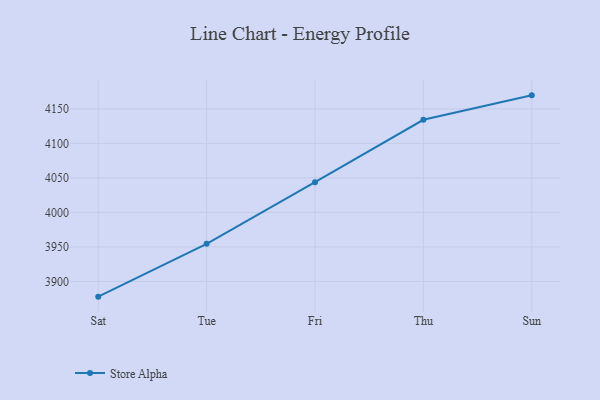
{"axis": {"x": "Day", "y": "Conversion Rate (%)"}, "legend": ["Store Alpha"], "data": [{"x": "Sat", "y": 3877.9, "type": "Store Alpha"}, {"x": "Tue", "y": 3954.4, "type": "Store Alpha"}, {"x": "Fri", "y": 4043.8, "type": "Store Alpha"}, {"x": "Thu", "y": 4134.2, "type": "Store Alpha"}, {"x": "Sun", "y": 4169.6, "type": "Store Alpha"}]}